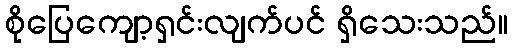
စိုပြေကျော့ရှင်းလျက်ပင် ရှိသေးသည်။